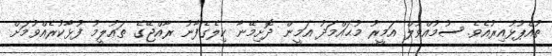
ތުއްޕުޅުއިރުއެވެ. ސުމުއްވުލް އަމީރު މުޙައްމަދު އަމީން ދޮށިމޭނާ ކިލެގެފާނު ރާއްޖޭގެ ތަޢުލީމު ފުޅާކުރެއްވުމަށް